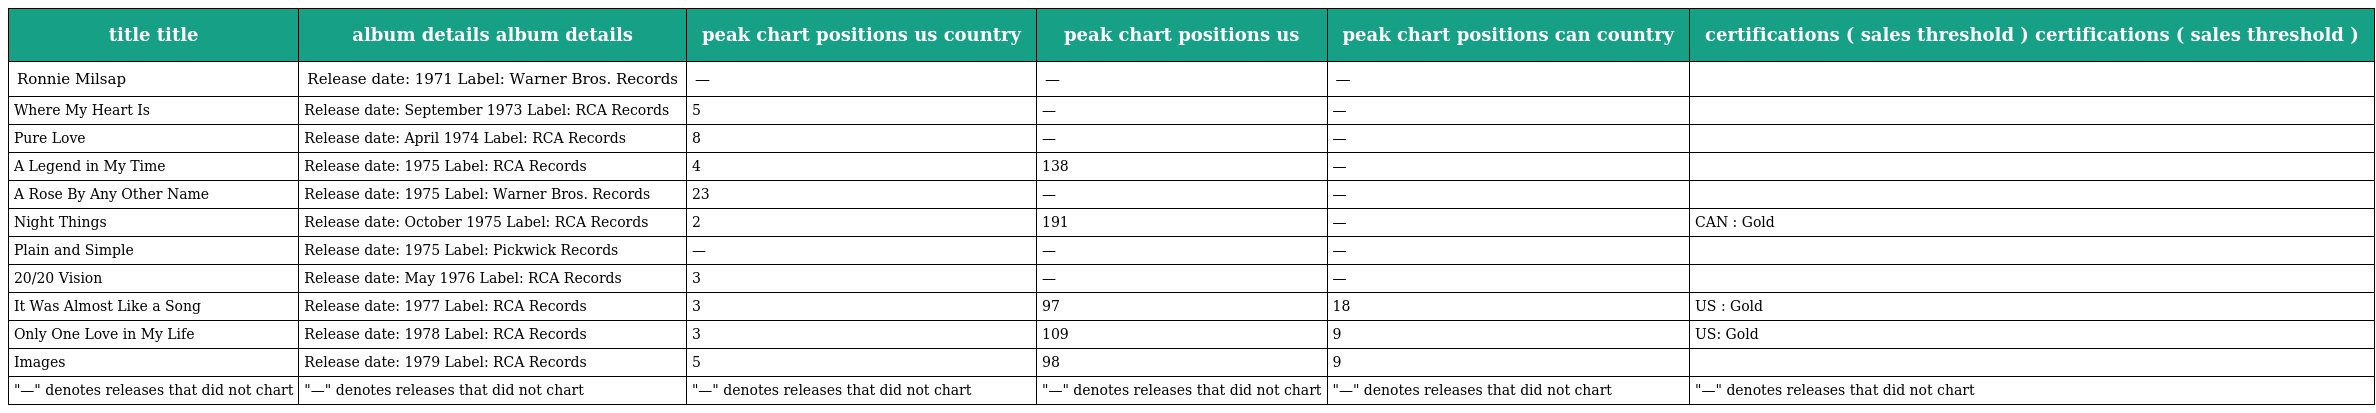
| title title | album details album details | peak chart positions us country | peak chart positions us | peak chart positions can country | certifications ( sales threshold ) certifications ( sales threshold ) |
 | --- | --- | --- | --- | --- | --- |
 | Ronnie Milsap | Release date: 1971 Label: Warner Bros. Records | — | — | — |  |
 | Where My Heart Is | Release date: September 1973 Label: RCA Records | 5 | — | — |  |
 | Pure Love | Release date: April 1974 Label: RCA Records | 8 | — | — |  |
 | A Legend in My Time | Release date: 1975 Label: RCA Records | 4 | 138 | — |  |
 | A Rose By Any Other Name | Release date: 1975 Label: Warner Bros. Records | 23 | — | — |  |
 | Night Things | Release date: October 1975 Label: RCA Records | 2 | 191 | — | CAN : Gold |
 | Plain and Simple | Release date: 1975 Label: Pickwick Records | — | — | — |  |
 | 20/20 Vision | Release date: May 1976 Label: RCA Records | 3 | — | — |  |
 | It Was Almost Like a Song | Release date: 1977 Label: RCA Records | 3 | 97 | 18 | US : Gold |
 | Only One Love in My Life | Release date: 1978 Label: RCA Records | 3 | 109 | 9 | US: Gold |
 | Images | Release date: 1979 Label: RCA Records | 5 | 98 | 9 |  |
 | "—" denotes releases that did not chart | "—" denotes releases that did not chart | "—" denotes releases that did not chart | "—" denotes releases that did not chart | "—" denotes releases that did not chart | "—" denotes releases that did not chart |